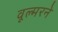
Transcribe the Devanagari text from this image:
वूल्मरने